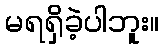
မရရှိခဲ့ပါဘူး။